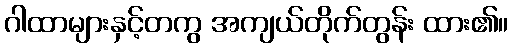
ဂါထာများနှင့်တကွ အကျယ်တိုက်တွန်း ထား၏။